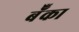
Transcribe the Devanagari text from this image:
बॅँका